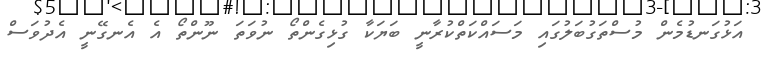
އަޅުގަނޑުމެން މުސްތަގުބަލުގައި މަސައްކަތްކުރާނީ ބަޔަކާ ގުޅިގެންތޯ ނުވަތަ ނޫންތޯ އެ އެނގޭނީ އެދުވަސް